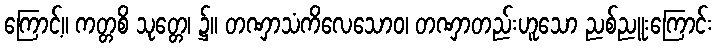
ကြောင့်။ ကတ္တစိ သုတ္တေ၊ ၌။ တဏှာသံကိလေသောဝ၊ တဏှာတည်းဟူသော ညစ်ညူးကြောင်း